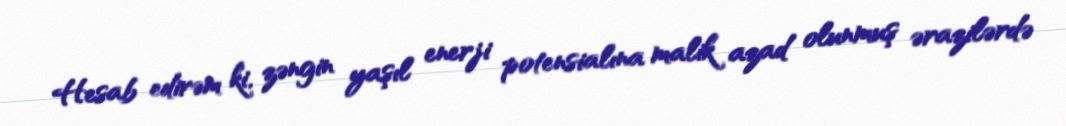
Hesab edirəm ki, zəngin yaşıl enerji potensialına malik azad olunmuş ərazilərdə